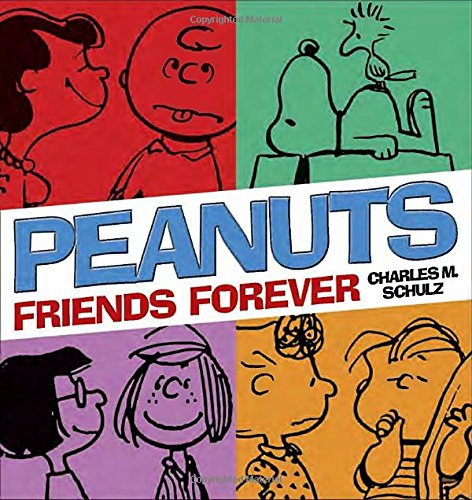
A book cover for Peanuts: Friends Forever; Charles M Schulz; Comics & Graphic Novels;